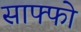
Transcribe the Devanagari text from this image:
साफ्फो